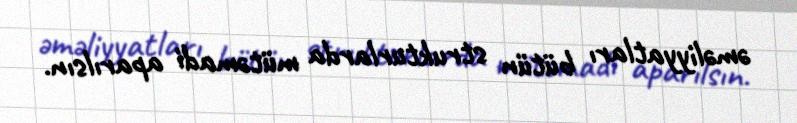
əməliyyatları bütün strukturlarda mütəmadi aparılsın.